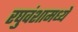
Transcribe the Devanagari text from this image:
रघुवंशामध्ये